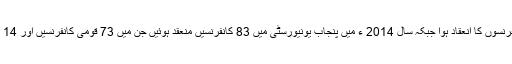
سال 2008 ء میں صرف 9 کانفرنسوں کا انعقاد ہوا جبکہ سال 2014 ء میں پنجاب یونیورسٹی میں 83 کانفرنسیں منعقد ہوئیں جن میں 73 قومی کانفرنسیں اور 14 بین الاقوامی کانفرنسیں شامل ہیں۔